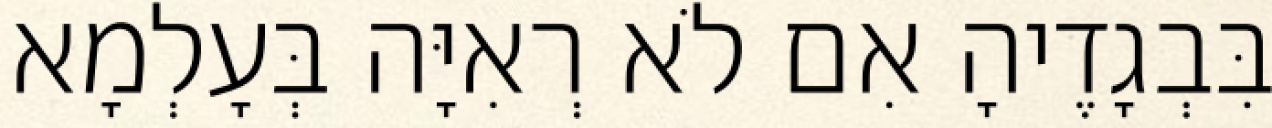
בִּבְגָדֶיהָ אִם לֹא רְאִיָּה בְּעָלְמָא